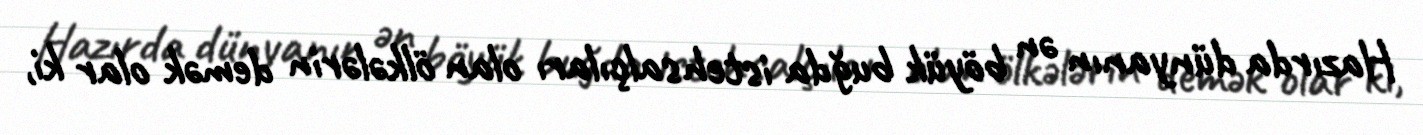
Hazırda dünyanın ən böyük buğda istehsalçıları olan ölkələrin demək olar ki,